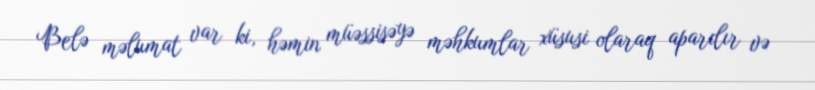
Belə məlumat var ki, həmin müəssisəyə məhkumlar xüsusi olaraq aparılır və